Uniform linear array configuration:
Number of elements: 4
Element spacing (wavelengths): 1
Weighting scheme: uniform
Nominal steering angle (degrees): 15
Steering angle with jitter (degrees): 13.45
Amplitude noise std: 0.05
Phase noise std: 0.05

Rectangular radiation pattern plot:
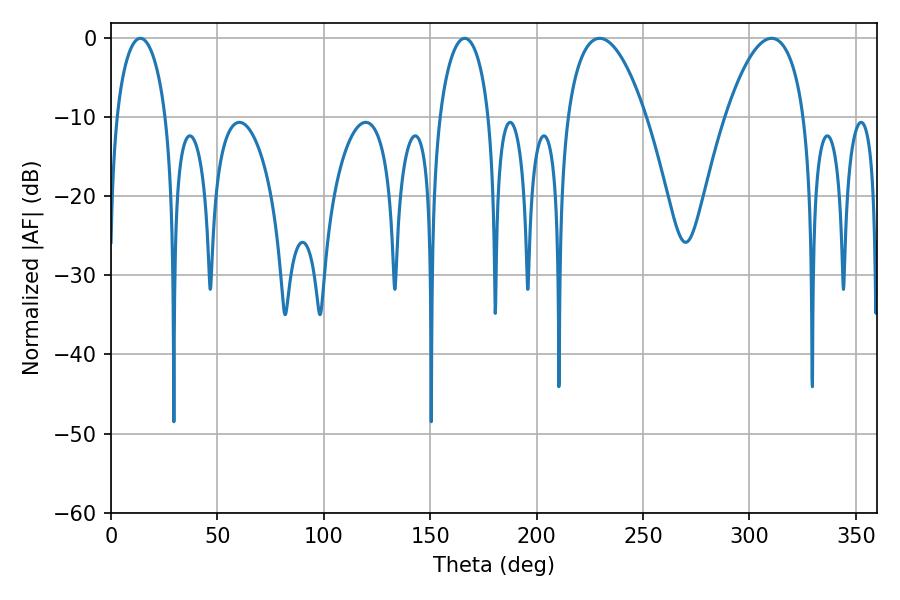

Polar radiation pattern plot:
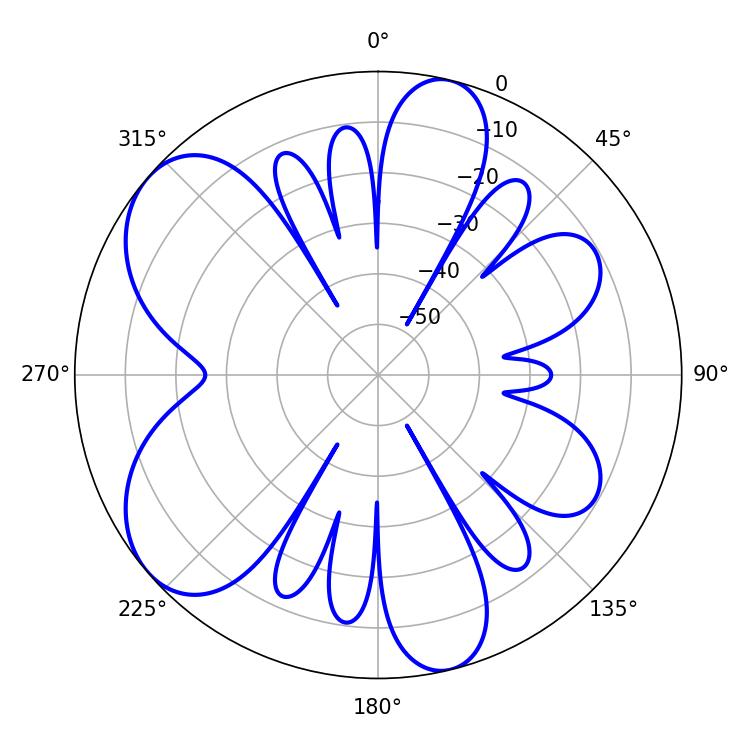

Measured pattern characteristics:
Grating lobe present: TRUE
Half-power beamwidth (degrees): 20.52
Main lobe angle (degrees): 229.68